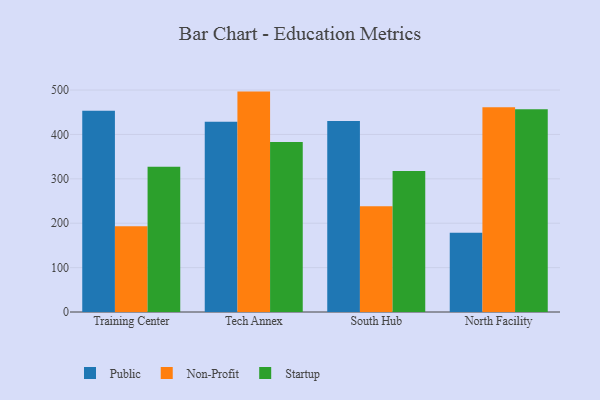
{"axis": {"x": "Campus", "y": "Shipments"}, "legend": ["Non-Profit", "Public", "Startup"], "data": [{"x": "Training Center", "y": 453.4, "type": "Public"}, {"x": "Training Center", "y": 192.9, "type": "Non-Profit"}, {"x": "Training Center", "y": 327.0, "type": "Startup"}, {"x": "Tech Annex", "y": 428.5, "type": "Public"}, {"x": "Tech Annex", "y": 496.5, "type": "Non-Profit"}, {"x": "Tech Annex", "y": 382.8, "type": "Startup"}, {"x": "South Hub", "y": 430.4, "type": "Public"}, {"x": "South Hub", "y": 238.2, "type": "Non-Profit"}, {"x": "South Hub", "y": 317.5, "type": "Startup"}, {"x": "North Facility", "y": 178.5, "type": "Public"}, {"x": "North Facility", "y": 461.0, "type": "Non-Profit"}, {"x": "North Facility", "y": 456.9, "type": "Startup"}]}